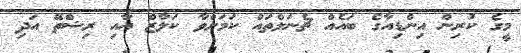
މީގެ ކުރިން އިންޑިއާގެ ބައެއް ޗެނަލްތައް ކަމަށްވާ ކަލާޒް އާއި ރިޝްތޭ އަދި